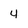
Character: 4